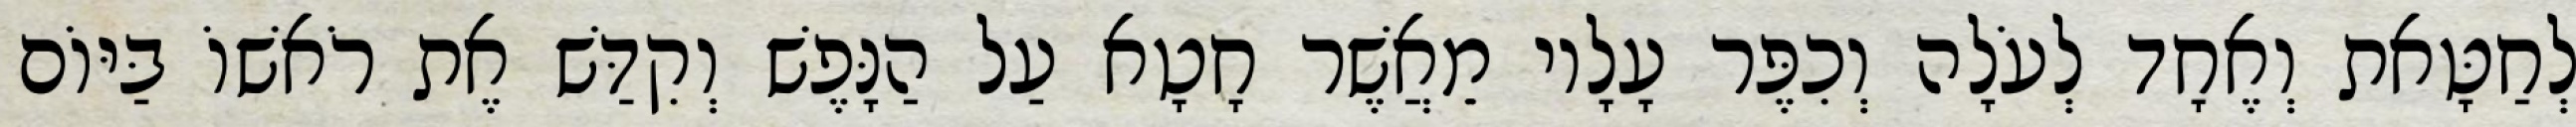
לְחַטָּאת וְאֶחָד לְעֹלָה וְכִפֶּר עָלָיו מֵאֲשֶׁר חָטָא עַל הַנָּפֶשׁ וְקִדַּשׁ אֶת רֹאשׁוֹ בַּיּוֹם